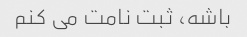
باشه، ثبت نامت می کنم